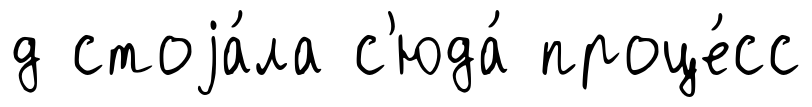
д стоjа́ла с'юда́ проце́сс